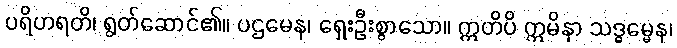
ပရိဟရတိ၊ ရွတ်ဆောင်၏။ ပဌမေန၊ ရှေးဦးစွာသော။ ဣတိပိ ဣမိနာ သဒ္ဓမ္မေန၊